Indian journal of veterinary science and animal husbandry - Volume 5,
Year: 1935
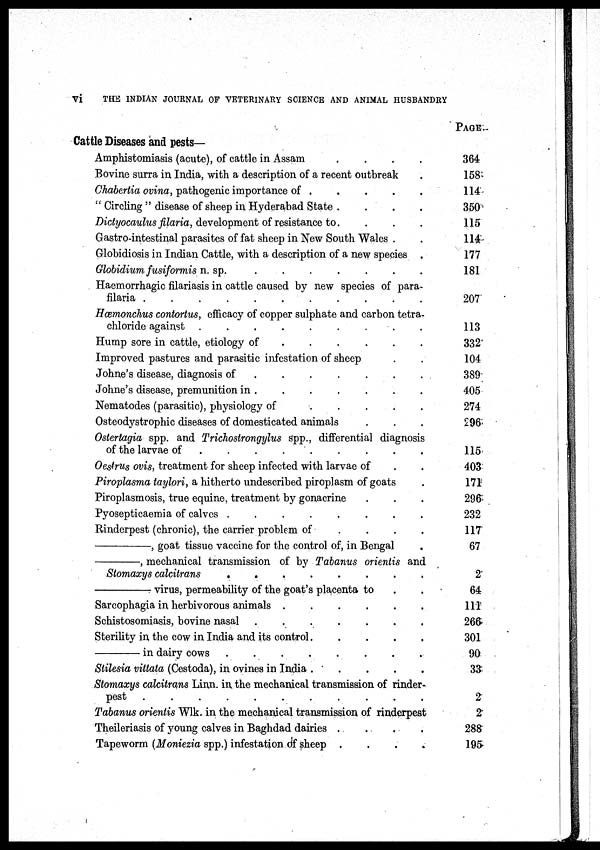
vi
THE INDIAN JOURNAL OF VETERINARY SCIENCE AND ANIMAL HUSBANDRY
Cattle Diseases and pests—
Amphistomiasis (acute), of cattle in Assam . . . .
Bovine surra in India, with a description of a recent outbreak .
Chabertia ovina, pathogenic importance of . . . . . .
" Circling " disease of sheep in Hyderabad State .
.
.
.
Dictyocaulus filaria, development of resistance to. . . .
Gastro-intestinal parasites of fat sheep in New South Wales . .
Globidiosis in Indian Cattle, with a description of a new species .
Globidium fusiformis n. sp. . . . . . . . . .
Haemorrhagic filariasis in cattle caused by new species of para-
filaria . . . . . . . . .
Hæmonchus contortus, efficacy of copper sulphate and carbon tetra-
chloride against . . . . . . . . .
Hump sore in cattle, etiology of . . . . . . . . .
Improved pastures and parasitic infestation of sheep . .
Johne's disease, diagnosis of . . . . . . . . .
Johne's disease, premunition in . . . . . . . . .
Nematodes (parasitic), physiology of . . . . . . . . .
Osteodystrophic diseases of domesticated animals . . .
Ostertagia spp. and Trichostrongylus spp., differential diagnosis
of the larvae of . . . . . . . . .
Oestrus ovis, treatment for sheep infected with larvae of . .
Piroplasma taylori, a hitherto undescribed piroplasm of goats
Piroplasmosis, true equine, treatment by gonacrine . . .
Pyosepticaemia of calves . . . . . . . . .
Rinderpest (chronic), the carrier problem of . . . . . . . . .
—,
goat tissue vaccine for the control of, in Bengal .
—,
mechanical transmission of by Tabanus orientis and
Stomaxys calcitrans . . . . . . . . .
—virus,
permeability of the goat's placenta to . .
Sarcophagia in herbivorous animals . . . . . . . . .
Schistosomiasis, bovine nasal . . . . . . . . .
Sterility in the cow in India and its control . . . . . . . . .
—in
dairy cows . . . . . . . . .
Stilesia vittata (Cestoda), in ovines in India . . . . . . . . .
Stomaxys calcitrans Linn. in the mechanical transmission of rinder-
pest . . . . . . . . .
Tabanus orientis Wlk. in the mechanical transmission of rinderpest
Theileriasis of young calves in Baghdad dairies . . . . . . . . .
Tapeworm (Moniezia spp.) infestation of sheep . . . . . . . . .
PAGE
364
158
114
350
115
114
177
181
207
113
332
104
389
405
274
296
115
403
171
296
232
117
67
2
64
111
266
301
90
33
2
2
288
195